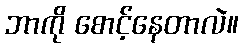
ဘာကို စောင့်နေတာလဲ။